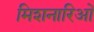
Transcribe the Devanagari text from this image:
मिशनारिओं